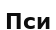
Пси